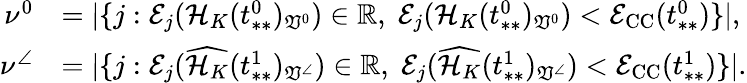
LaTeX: \begin{array}{rl}{\nu^{0}}&{=|\{ j:\mathcal{E}_{j}(\mathcal{H}_{K}(t_{**}^{0})_{\mathfrak{V}^{0}})\in\mathbb{R},\; \mathcal{E}_{j}(\mathcal{H}_{K}(t_{**}^{0})_{\mathfrak{V}^{0}})<\mathcal{E}_{\mathrm{CC}}(t_{**}^{0})\} |,}\\ {\nu^{\angle}}&{=|\{ j:\mathcal{E}_{j}(\widehat{\mathcal{H}_{K}}(t_{**}^{1})_{\mathfrak{V}^{\angle}})\in\mathbb{R},\; \mathcal{E}_{j}(\widehat{\mathcal{H}_{K}}(t_{**}^{1})_{\mathfrak{V}^{\angle}})<\mathcal{E}_{\mathrm{CC}}(t_{**}^{1})\} |.}\end{array}